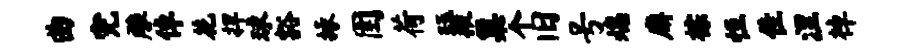
曲完雕倬花捍球豁掾圉荷珏掖巢个旧号熄廨棕恒隹涅棹